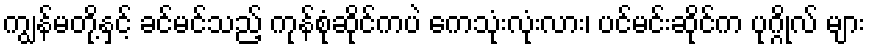
ကျွန်မတို့နှင့် ခင်မင်သည့် ကုန်စုံဆိုင်ကပဲ ကေသုံးလုံးလား၊ ပင်မင်းဆိုင်က ပုဂ္ဂိုလ် များ